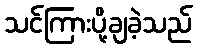
သင်ကြားပို့ချခဲ့သည်